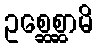
ဥစ္ဆေစ္ဆာမိ